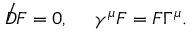
{ \not D } { \cal F } = 0 , ~ ~ ~ ~ \gamma ^ { \mu } { \cal F } = { \cal F } \Gamma ^ { \mu } .